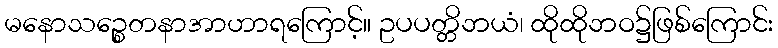
မနောသဉ္စေတနာအာဟာရကြောင့်။ ဥပပတ္တိဘယံ၊ ထိုထိုဘဝ၌ဖြစ်ကြောင်း